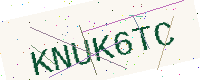
Text: KNUK6TC